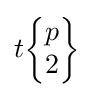
t{\begin{Bmatrix}p\\2\end{Bmatrix}}